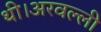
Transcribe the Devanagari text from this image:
थी।अरवल्ली